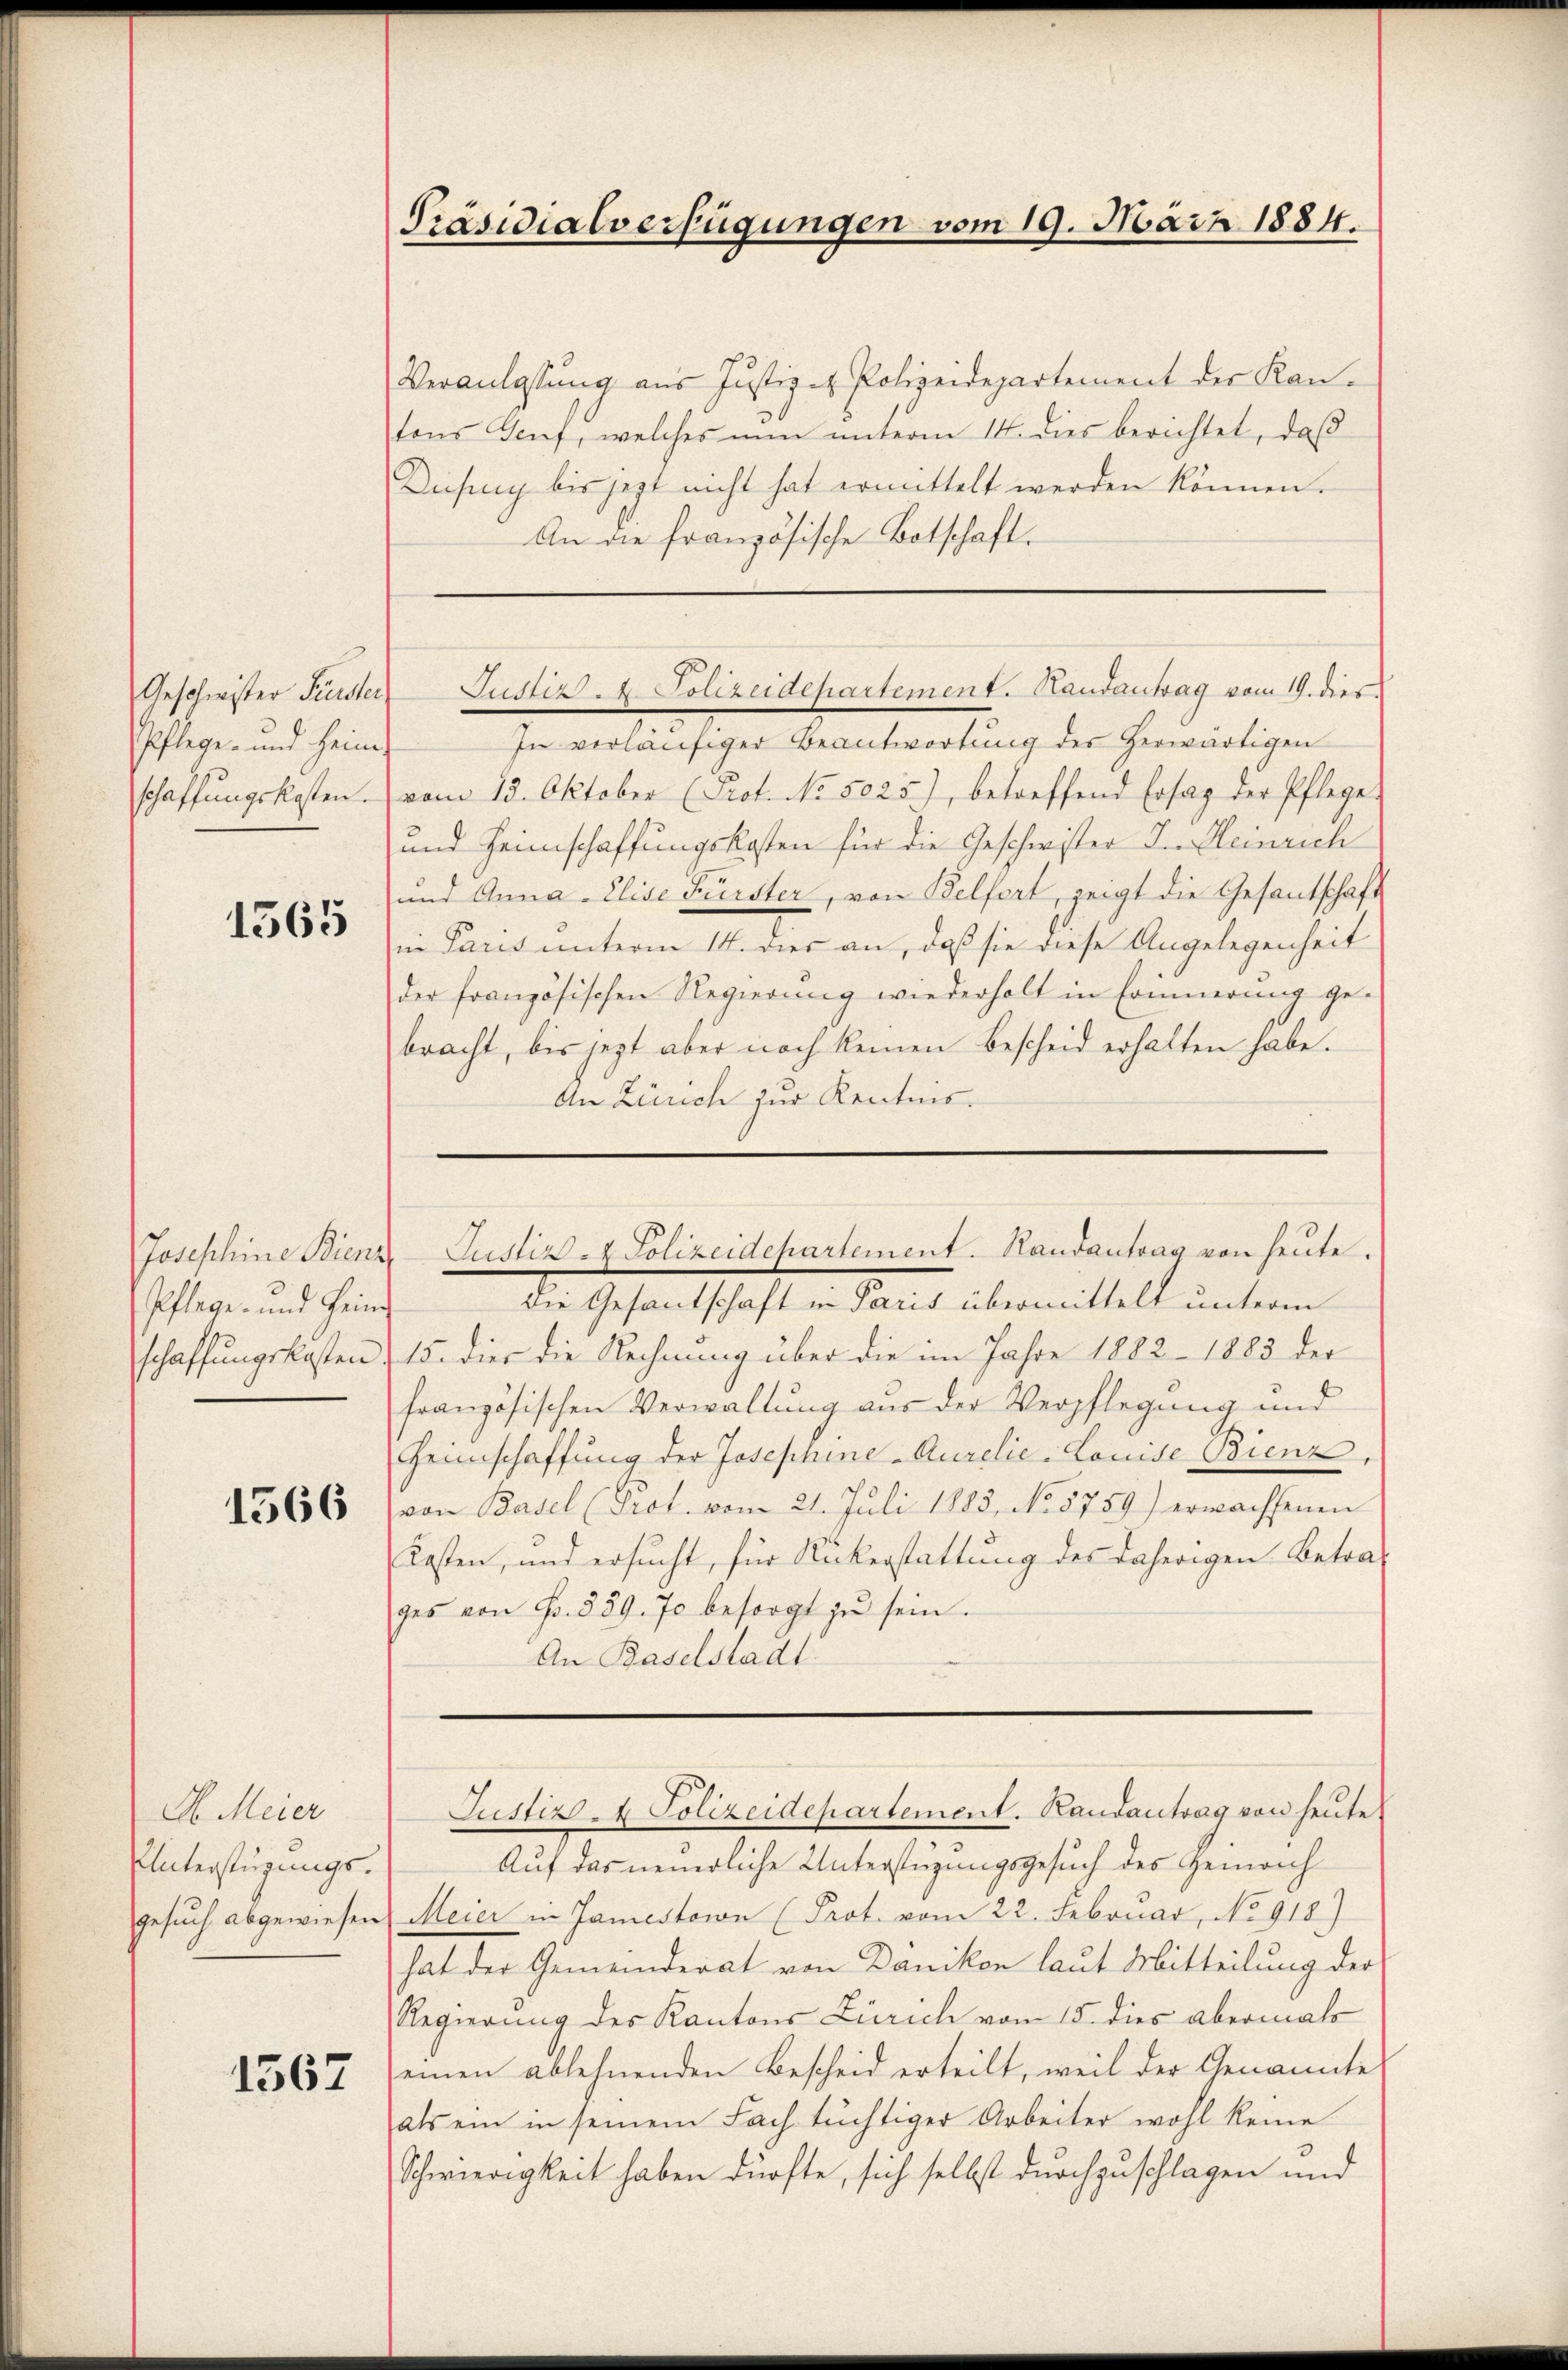
Pflege- und Heim,

1565

Pflege- und Heim
schaffungskosten

1566

A. Meier
Unterstüzungs¬

1567

Präsidialverfügungen vom 19. März 1884.

Veranlassung aus Justizit Polizeidepartement der Kan-
tons Genf, welches nun unterm 14. dies berichtet, daß
Diesig bis jezt nicht hat ermittelt werden können.
An die französische Botschaft.

Geschwister Fürster Justiz- & Polizeidepartement. Handantrag vom 19. dies

In verläufiger Beantwortung des herwärtigen
schaffŭngskosten vom 13. Oktober (Prot. No. 5025), betreffend Ersag der Pflege.
und Heimschaffungskosten für die Geschwister J. Heinrich
und Anna Elise Fürster, von Belfort, zeigt die Gesantschaft
in Paris unterm 14. dies an, daß sie diese Angelegenheit
der französischen Regierung wiederholt in Erinnerung ge-
bracht, bis jetzt aber noch keinen Bescheid erhalten habe.
An Zürich zur Kentnis.

Die Gesandschaft in Paris übermittelt unterm
15. dies die Rechnung über die im Jahre 1882 - 1883 der
französischen Verwaltung aus der Verpflegung und
Heimschaffung der Josephine-Aurelie-Louise Bienz,
von Basel (Prot. vom 21. Juli 1883, No 5759) erwachsenen
Kosten, und ersucht, für Rükerstattung des daherigen Betrages von Fr. 589. 70 besorgt zŭ sein.
An Baselstadt

Josephine Bienz-Justiz- & Polizeidepartement. Randantrag von heute.

Justiz & Polizeidepartement. Randantrag von heute?

Auf das neuerliche Unterstüzungsgesuch des Gemeich
gesuch abgewiesen Meier in Jamestein (Prot. vom 22. Februar, No 918)
hat der Gemeinderat von Dänikon laut Mitteilung der
Regierung des Kantons Zürich vom 15. dies abermals
einen ablehnenden Bescheid erteilt, weil der Genannte
als ein in seinem Fach tüchtiger Arbeiter wohl keine
Schwierigkeit haben dürfte, sich selbst durchzuschlagen und